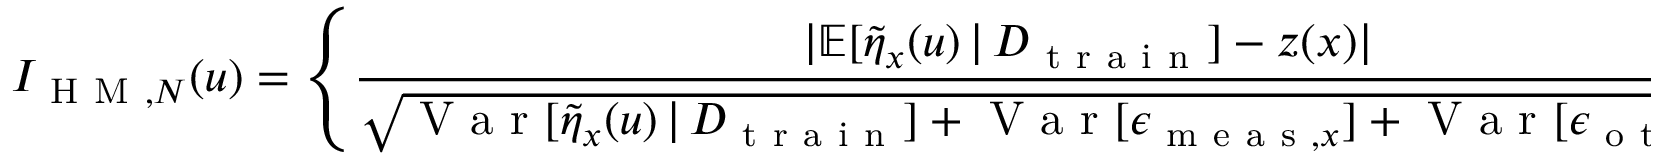
I _ { \mathrm { ~ H ~ M ~ } , N } ( u ) = \left\{ \frac { \lvert \mathbb { E } [ \Tilde { \eta } _ { x } ( u ) \, \vert \, D _ { \mathrm { ~ t ~ r ~ a ~ i ~ n ~ } } ] - z ( x ) \rvert } { \sqrt { \mathrm { ~ V ~ a ~ r ~ } [ \Tilde { \eta } _ { x } ( u ) \, \vert \, D _ { \mathrm { ~ t ~ r ~ a ~ i ~ n ~ } } ] + \mathrm { ~ V ~ a ~ r ~ } [ \epsilon _ { \mathrm { ~ m ~ e ~ a ~ s ~ } , x } ] + \mathrm { ~ V ~ a ~ r ~ } [ \epsilon _ { \mathrm { ~ o ~ t ~ h ~ e ~ r ~ } , x } ] } } : x \in \mathcal { M } ^ { * } \right\} _ { ( N ) } ,